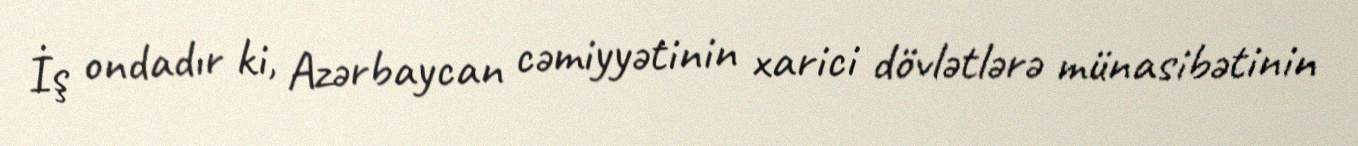
İş ondadır ki, Azərbaycan cəmiyyətinin xarici dövlətlərə münasibətinin